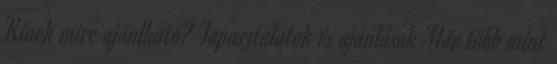
Kinek mire ajánlható? Tapasztalatok és ajánlások Már több mint